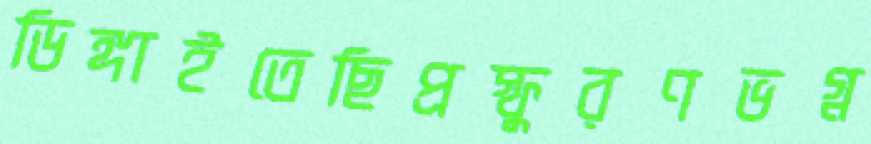
ডিঙ্গাইতেছিপ্রস্ফুরণভগ্ন